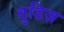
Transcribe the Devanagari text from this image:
वुडिज़